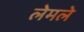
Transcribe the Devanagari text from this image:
लेमले